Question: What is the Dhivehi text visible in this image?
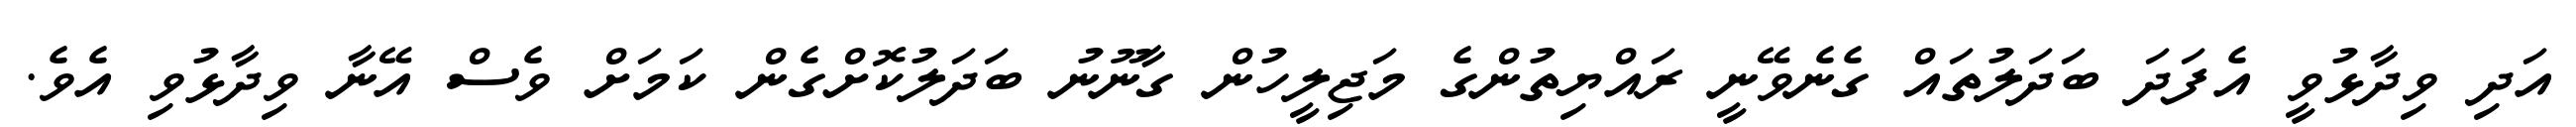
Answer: އަދި ވިދާޅުވީ އެފަދަ ބަދަލުތައް ގެނެވޭނީ ރައްޔިތުންގެ މަޖިލީހުން ގާނޫނު ބަދަލުކޮށްގެން ކަމަށް ވެސް އޭނާ ވިދާޅުވި އެވެ.